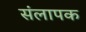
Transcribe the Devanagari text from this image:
संलापक